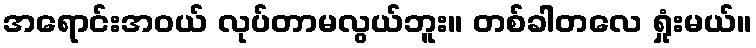
အရောင်းအဝယ် လုပ်တာမလွယ်ဘူး။ တစ်ခါတလေ ရှုံးမယ်။